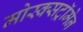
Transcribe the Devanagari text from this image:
मोस्क्सट्रॉमेन